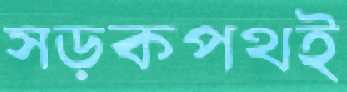
সড়কপথই